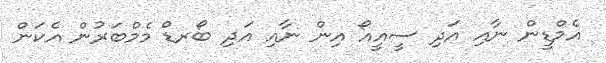
އެމްޑީން ނާއި އަދި ސީއީއޯ އިން ނާއި އަދި ބޯރޑް މެމްބަރުން އެކަން